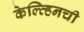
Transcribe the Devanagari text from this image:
केल्व्हिनची